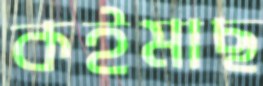
কইমাছ